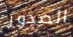
الصدور